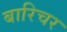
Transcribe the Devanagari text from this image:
बारिचर